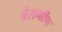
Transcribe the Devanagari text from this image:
बैरागीण